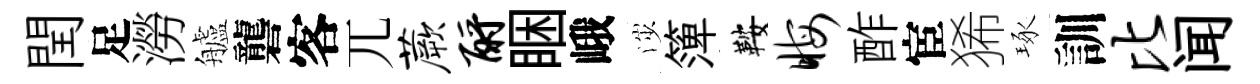
閏足澇艫礱客兀蕨酹睏峨渉𥱼鞍晦酢宦狶琢訓比闻